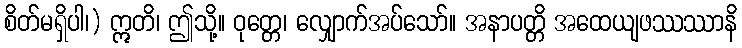
စိတ်မရှိပါ၊) ဣတိ၊ ဤသို့။ ဝုတ္တေ၊ လျှောက်အပ်သော်။ အနာပတ္တိ အထေယျဖဿဿာနိ